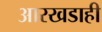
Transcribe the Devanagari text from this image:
आरखडाही